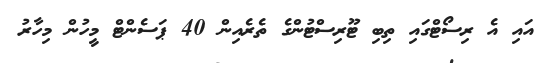
އައި އެ ރިސޯޓްގައި ތިބި ޓޫރިސްޓުންގެ ތެރެއިން 40 ޕަސެންޓް މީހުން މިހާރު